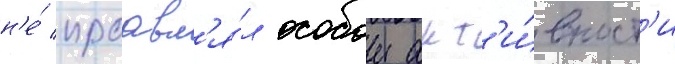
н'е́ проавл'я́л особои акт'и́вност'и